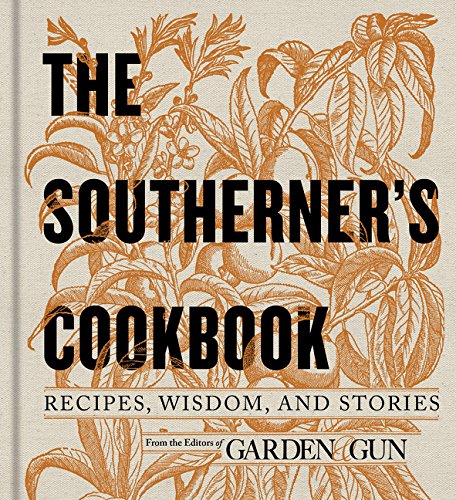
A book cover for The Southerner's Cookbook: Recipes, Wisdom, and Stories; Editors of Garden and Gun; Cookbooks, Food & Wine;